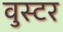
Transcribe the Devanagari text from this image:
वुस्टर